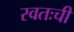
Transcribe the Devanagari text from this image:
स्वतःची